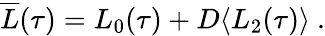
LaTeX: \begin{array}{r}{\overline{{L}}(\tau)=L_{0}(\tau)+D\langle L_{2}(\tau)\rangle\ .}\end{array}